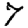
Digit: 7